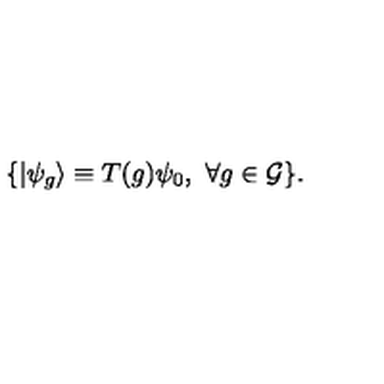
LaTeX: \{ | \psi _ { g } \rangle \equiv T ( g ) \psi _ { 0 } , \ \forall g \in { \cal G } \} .